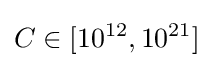
C\in [10^{12},10^{21}]